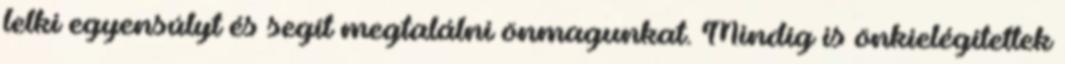
lelki egyensúlyt és segít megtalálni önmagunkat. Mindig is önkielégítettek